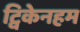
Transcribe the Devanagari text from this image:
ट्विकेनहम